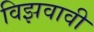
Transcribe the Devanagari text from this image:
विझवावी